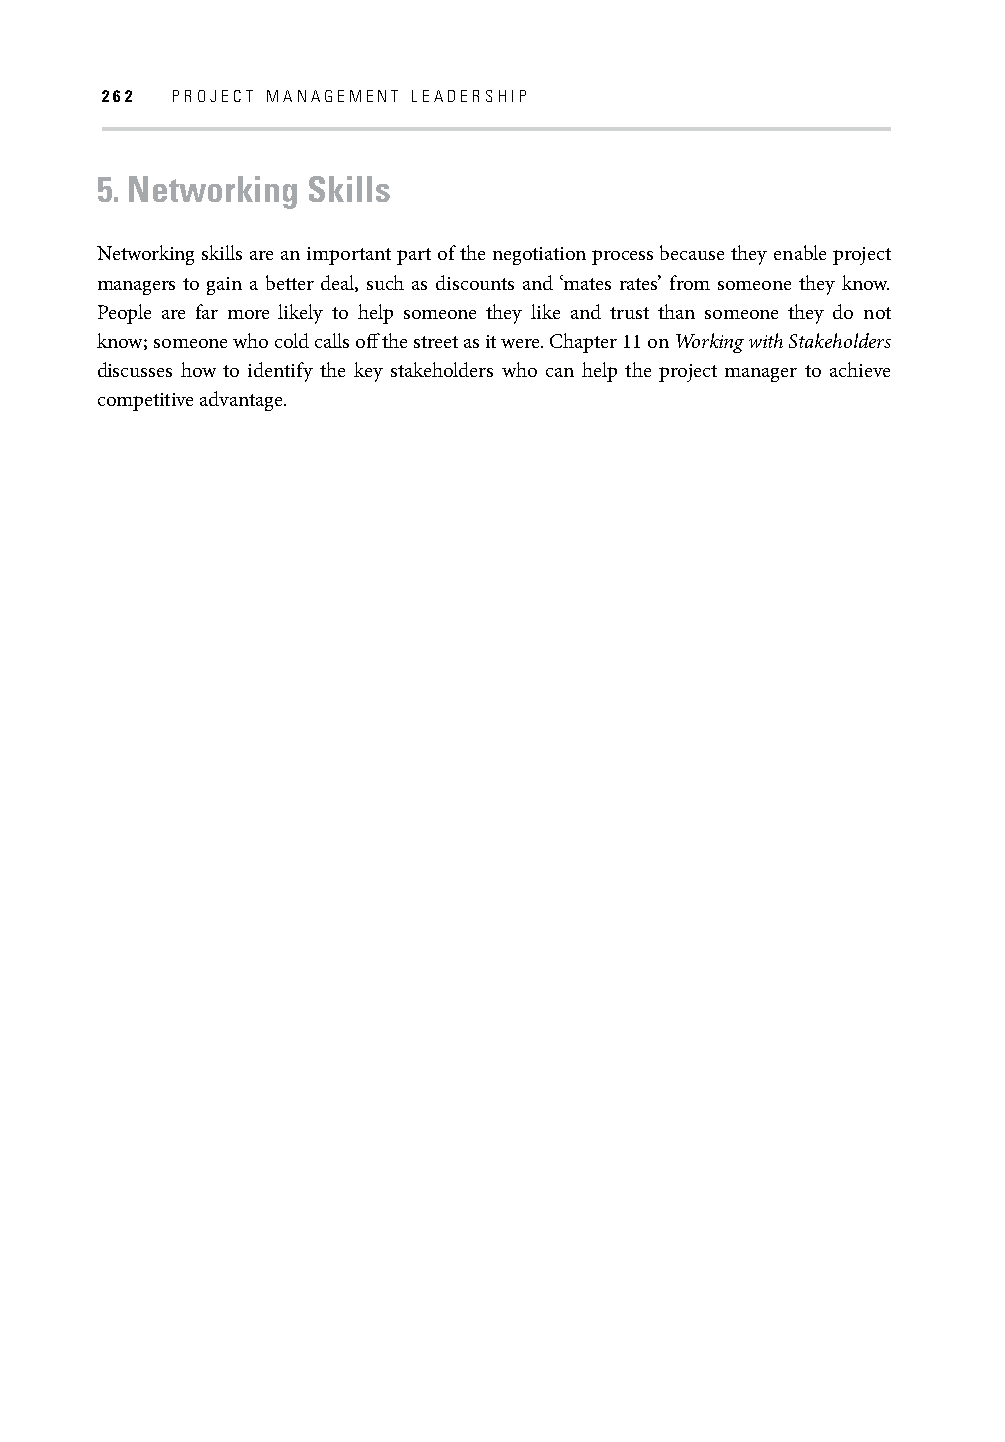
262 PROJECT MANAGEMENT LEADERSHIP
 5. Networking Skills
 Networking skills are an important part of the negotiation process because they enable p roject
 managers to gain a better deal, such as discounts and ‘mates rates’ from someone they know.
 People are far more likely to help someone they like and trust than someone they do not
 know; someone who cold calls off the street as it were. Chapter 11 on Working with Stakeholders
 discusses how to identify the key stakeholders who can help the project manager to achieve
 competitive advantage.